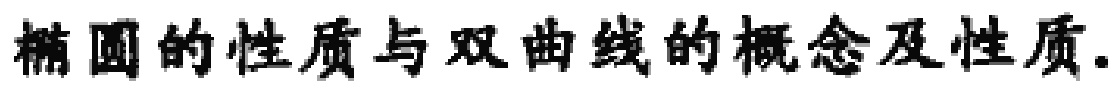
椭圆的性质与双曲线的概念及性质.